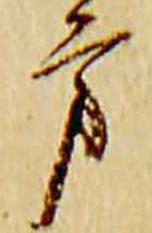
方